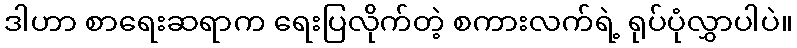
ဒါဟာ စာရေးဆရာက ရေးပြလိုက်တဲ့ စကားလက်ရဲ့ ရုပ်ပုံလွှာပါပဲ။